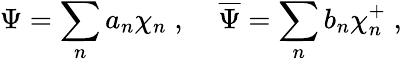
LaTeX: \Psi=\sum_{n}a_{n}\chi_{n}\; ,\; \; \; \; \overline{{{\Psi}}}=\sum_{n}b_{n}\chi_{n}^{+}\; ,